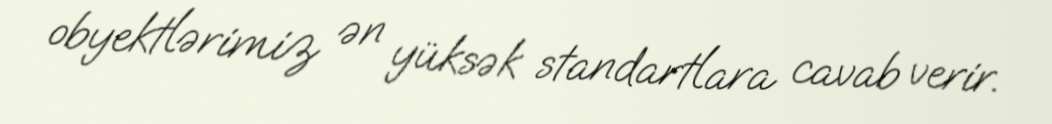
obyektlərimiz ən yüksək standartlara cavab verir.